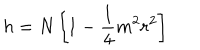
h = N \left[ 1 - \frac { 1 } { 4 } m ^ { 2 } r ^ { 2 } \right]